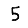
Digit: 5